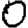
Digit: 0